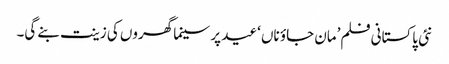
نئی پاکستانی فلم’مان جاؤ ناں ‘عید پر سینما گھروں کی زینت بنے گی۔